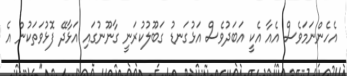
އެހެންނަމަވެސް އެއާ އެކީ އަބަދުވެސް އަޅުގަނޑު ގަބޫލުކުރަނީ ގާނޫނުގައި އަޅާދޭ ފޮޅުވަތަކުން އެ